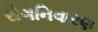
રોગનિવારણ